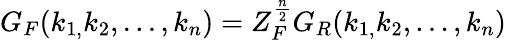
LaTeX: G_{F}(k_{1,}k_{2},...,k_{n})=Z_{F}^{\frac n2}G_{R}(k_{1,}k_{2},...,k_{n})